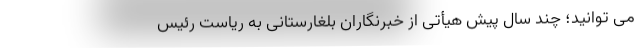
می توانید؛ چند سال پیش هیأتی از خبرنگاران بلغارستانی به ریاست رئیس